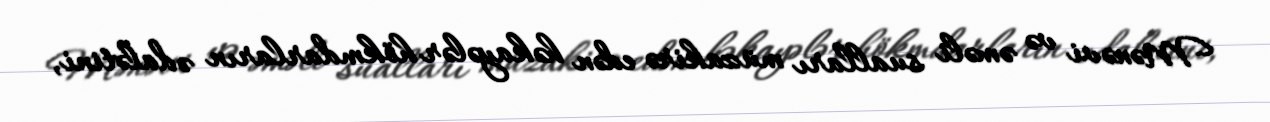
Mənəvi və əməli sualları müzakirə edən həkayələr hökmdarların ədalətini,